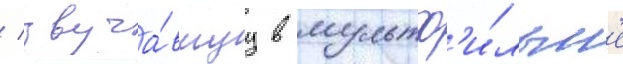
/ звуча́вшуу в мультф'и́льм'е